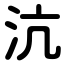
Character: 沆